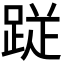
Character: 𮛙